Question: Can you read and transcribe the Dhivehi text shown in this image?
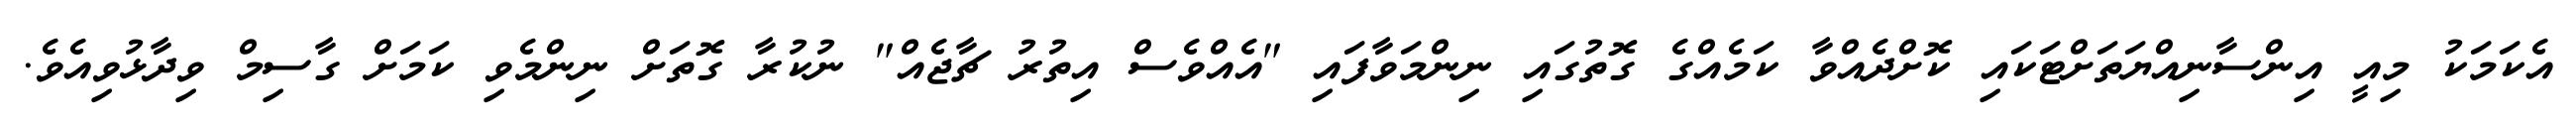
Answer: އެކަމަކު މިއީ އިންސާނިއްޔަތަށްޓަކައި ކޮށްދެއްވާ ކަމެއްގެ ގޮތުގައި ނިންމަވާފައި "އެއްވެސް އިތުރު ޗާޖެއް" ނުކުރާ ގޮތަށް ނިންމެވި ކަމަށް ގާސިމް ވިދާޅުވިއެވެ.